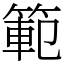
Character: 範